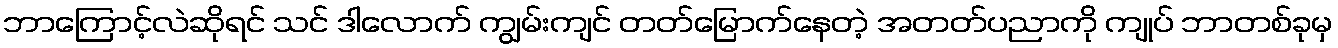
ဘာကြောင့်လဲဆိုရင် သင် ဒါလောက် ကျွမ်းကျင် တတ်မြောက်နေတဲ့ အတတ်ပညာကို ကျုပ် ဘာတစ်ခုမှ